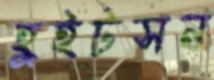
হুইটসন